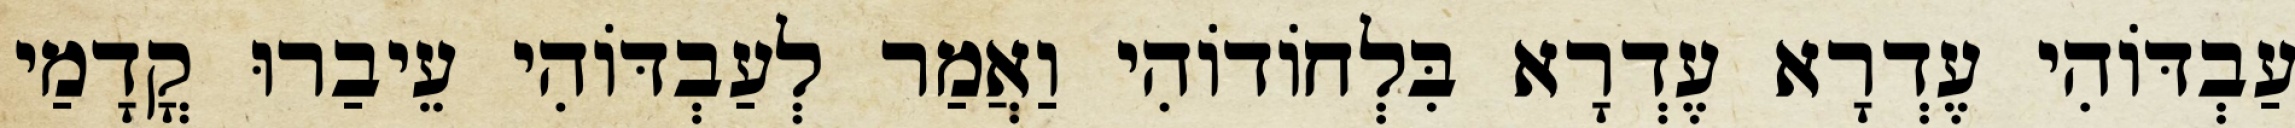
עַבְדּוֹהִי עֶדְרָא עֶדְרָא בִּלְחוֹדוֹהִי וַאֲמַר לְעַבְדּוֹהִי עֵיבַרוּ קֳדָמַי